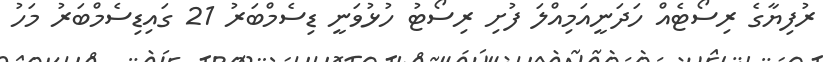
ރުފިޔާގެ ރިސޯޓެއް ހަދަނީއަމިއްލަ ފުށި ރިސޯޓު ހުޅުވަނީ ޑިސެމްބަރު 21 ގައިޑިސެމްބަރު މަހު